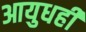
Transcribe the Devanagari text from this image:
आयुधही